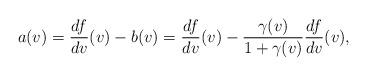
LaTeX: \begin{align*} a(v)=\frac{df}{dv}(v)-b(v)=\frac{df}{dv}(v)-\frac{\gamma(v)}{1+\gamma(v)}\frac{df}{dv}(v),\end{align*}